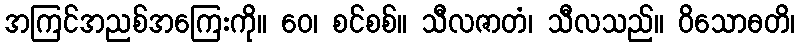
အကြင်အညစ်အကြေးကို။ ဝေ၊ စင်စစ်။ သီလဇာတံ၊ သီလသည်။ ဝိသောဓတိ၊